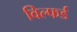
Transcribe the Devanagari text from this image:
विल्फर्ड